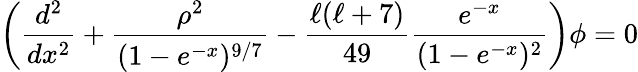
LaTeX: \left({\frac{d^{2}}{dx^{2}}}+{\frac{\rho^{2}}{(1-e^{-x})^{9/7}}}-{\frac{\ell(\ell+7)}{49}}{\frac{e^{-x}}{(1-e^{-x})^{2}}}\right)\phi=0